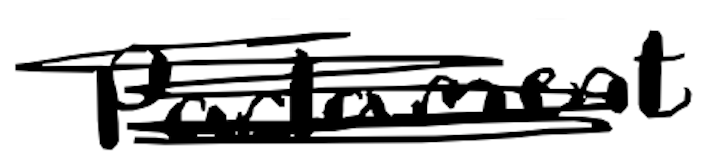
Text: Parliament
Cross-out: scratch
Writing tool: digital_black